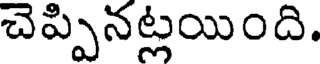
చెప్పినట్లయింది.